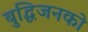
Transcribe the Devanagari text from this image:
बुद्धिजनको